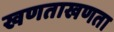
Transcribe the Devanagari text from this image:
खणताखणता